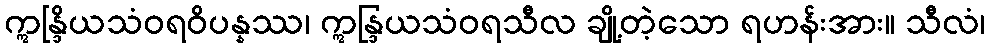
ဣန္ဒြိယသံဝရဝိပန္နဿ၊ ဣန္ဒြယသံဝရသီလ ချို့တဲ့သော ရဟန်းအား။ သီလံ၊